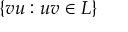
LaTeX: \{ v u : u v \in L \}